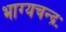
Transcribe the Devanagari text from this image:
भाग्यचन्द्रः